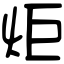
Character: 炬